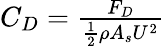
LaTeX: \begin{array}{r}{C_{D}=\frac{{F}_{D}}{\frac{1}{2}\rho A_{s}U^{2}}}\end{array}